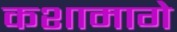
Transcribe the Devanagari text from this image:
कशामागे